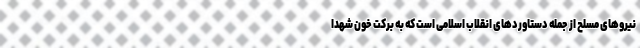
نیروهای مسلح از جمله دستاوردهای انقلاب اسلامی است که به برکت خون شهدا